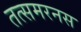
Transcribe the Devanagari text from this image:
तत्समरनस